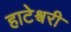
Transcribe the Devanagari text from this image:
हाटेश्वरी